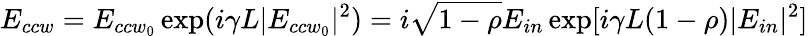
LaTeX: E_{ccw}=E_{{ccw}_{0}}\exp(i\gamma L|E_{{ccw}_{0}}|^{2})=i\sqrt{1-\rho}E_{in}\exp[i\gamma L(1-\rho)|E_{in}|^{2}]